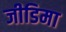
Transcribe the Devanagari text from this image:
जीडिमा